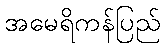
အမေရိကန်ပြည်